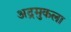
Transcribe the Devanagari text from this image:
अद्रमुकला